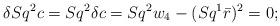
LaTeX: \begin{align*}\delta Sq^2c = Sq^2\delta c = Sq^2w_4 - (Sq^1\bar{r})^2 =0; \end{align*}